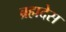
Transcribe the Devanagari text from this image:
ब्रह्मदेस